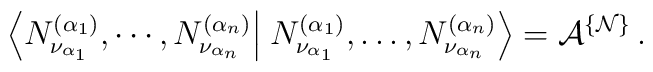
\left\langle N^{(\alpha_1)}_{\nu_{\alpha_1}},\cdots,N^{(\alpha_n)}_{\nu_{\alpha_n}}\right\vert \left.N^{(\alpha_1)}_{\nu_{\alpha_1}},\dots,N^{(\alpha_n)}_{\nu_{\alpha_n}}\right\rangle={\cal A}^{\{{\cal N}\}}\,.